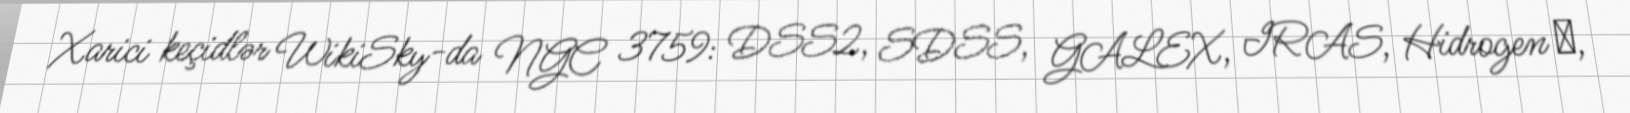
Xarici keçidlər WikiSky-da NGC 3759: DSS2, SDSS, GALEX, IRAS, Hidrogen α,